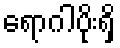
ရောဂါပိုးရှိ